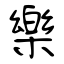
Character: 樂